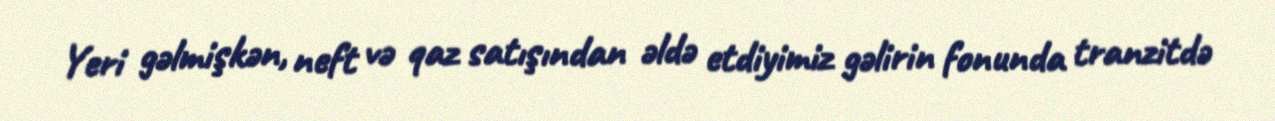
Yeri gəlmişkən, neft və qaz satışından əldə etdiyimiz gəlirin fonunda tranzitdə